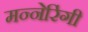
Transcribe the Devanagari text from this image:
मन्नेरिंगी